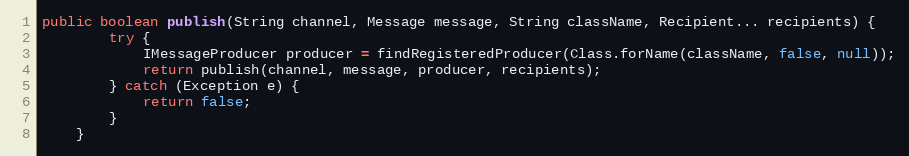
Language: Java
public boolean publish(String channel, Message message, String className, Recipient... recipients) {
        try {
            IMessageProducer producer = findRegisteredProducer(Class.forName(className, false, null));
            return publish(channel, message, producer, recipients);
        } catch (Exception e) {
            return false;
        }
    }